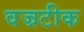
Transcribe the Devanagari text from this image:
वज्रटीक